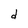
Character: d